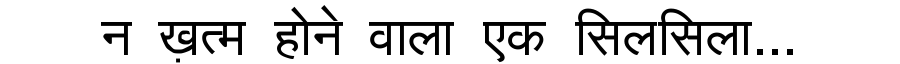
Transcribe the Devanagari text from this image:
न ख़त्म होने वाला एक सिलसिला...